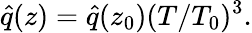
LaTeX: \hat{q}(z)=\hat{q}(z_{0})(T/T_{0})^{3}.